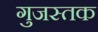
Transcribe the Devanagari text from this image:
गुजस्तक